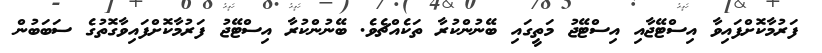
ފަރުމާކޮށްފައިވާ އިސްޓޭޖާއި އިސްޓޭޖު މަތީގައި ބޭނުންކުރާ ތަކެއްޗެެވެ. ބޭނުންކުރާ އިސްޓޭޖު ފަރުމާކޮށްފައިވާގޮތުގެ ސަބަބުން